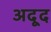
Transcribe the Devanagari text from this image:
अदूद